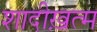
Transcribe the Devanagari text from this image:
शादीख़त्म